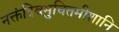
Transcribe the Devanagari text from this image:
नक्तंदिवमुचितमीशानि